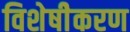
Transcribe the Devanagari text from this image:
विशेषीेकरण